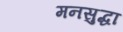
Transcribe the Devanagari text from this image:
मनसुद्धा